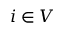
i \in V